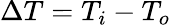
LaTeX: \Delta T=T_{i}-T_{o}